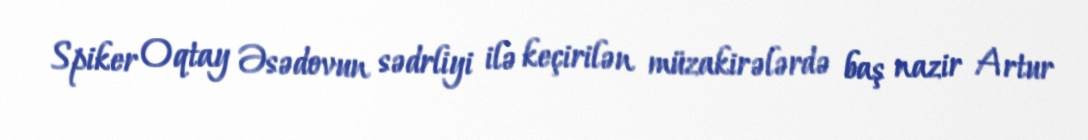
Spiker Oqtay Əsədovun sədrliyi ilə keçirilən müzakirələrdə baş nazir Artur